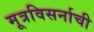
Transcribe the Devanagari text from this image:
मूत्रविसर्नाची